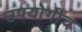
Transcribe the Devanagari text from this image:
उपयोगीच